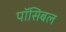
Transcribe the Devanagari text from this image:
पॉसिबल